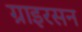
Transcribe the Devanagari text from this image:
ग्राइरसन